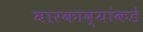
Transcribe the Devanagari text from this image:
बारकाव्यांकडे